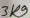
Text: 3K9